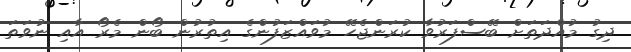
ދިގު މުއްދަތަށް ބޭސްފަރުވާ ކުރަންޖެހޭ މުވައްޒަފުންގެ އިތުރުން ބޯން މެރޯ އާއި ނުވަތަ